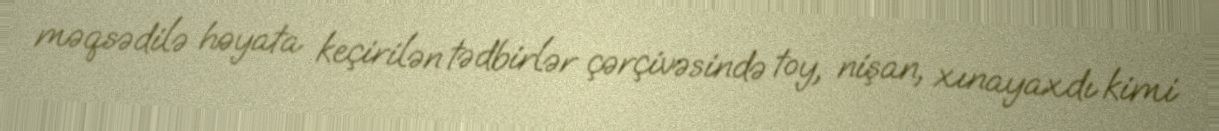
məqsədilə həyata keçirilən tədbirlər çərçivəsində toy, nişan, xınayaxdı kimi